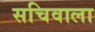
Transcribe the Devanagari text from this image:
सचिवाला